Report on plague and inoculation in the Punjab from October 1st ... to September 30th..., being the ... season of plague in the province
Disease focus: Plague
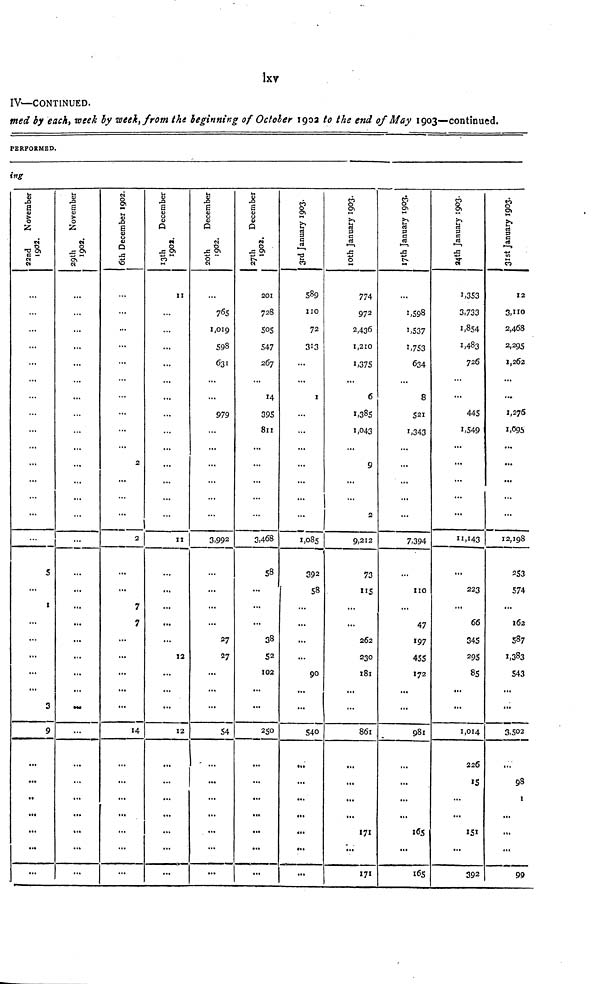
Ixv
IV—CONTINUED.
med by each, week by week, from the beginning of October 1902 to the end of May 1903—continued.
PERFORMED
ing
22nd November 1992
« •*
...
...
...
...
• *•
S
I
...
...
• ••
...
«M
3
9
.,
...
...
29th November 1992
...
...
...
...
...
...
6th December 1992
...
...
...
...
...
...
• .•
...
2
...
...
2
7
7
...
...
..
...
...
...
13th December 1992
II
II
12
...
12
...
...
20th December 1992
765
1,019
598
631
979
3,992
27
27
54
...
...
27th December 1992
201
728
505
547
267
14
395
811
3,468
58
38
52
102
...
250
...
...
3rd January 1993
589
110
72
313
I
...
1,085
392
58
90
540
...
...
10th January 1993
774
972
2,436
1,210
1,375
6
1,385
1,043
9
...
2
9,212
73
115
262
230
181
861
171
171
7th January 1993
I ,598
1,537
1,753
634
8
521
1,343
7,394
no
47
197
455
172
981
165
165
14th January 1993
1,353
3,733
1,854
1,483
726
...
...
445
1,549
...
• •
• ••
• *•
.••
11,143 1
223
66
345
295
85
• ••
1,014
226
151
392
31st January 1993
12
3,110
2,468
2,295
1,262
...
• ••
1,276
1,695
...
2,198
253
574
162
587
1,383
543
3,502
98
1
99